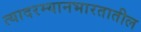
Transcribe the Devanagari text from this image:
त्यादरम्यानभारतातील